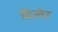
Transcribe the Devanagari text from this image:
मिलेर